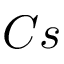
C s